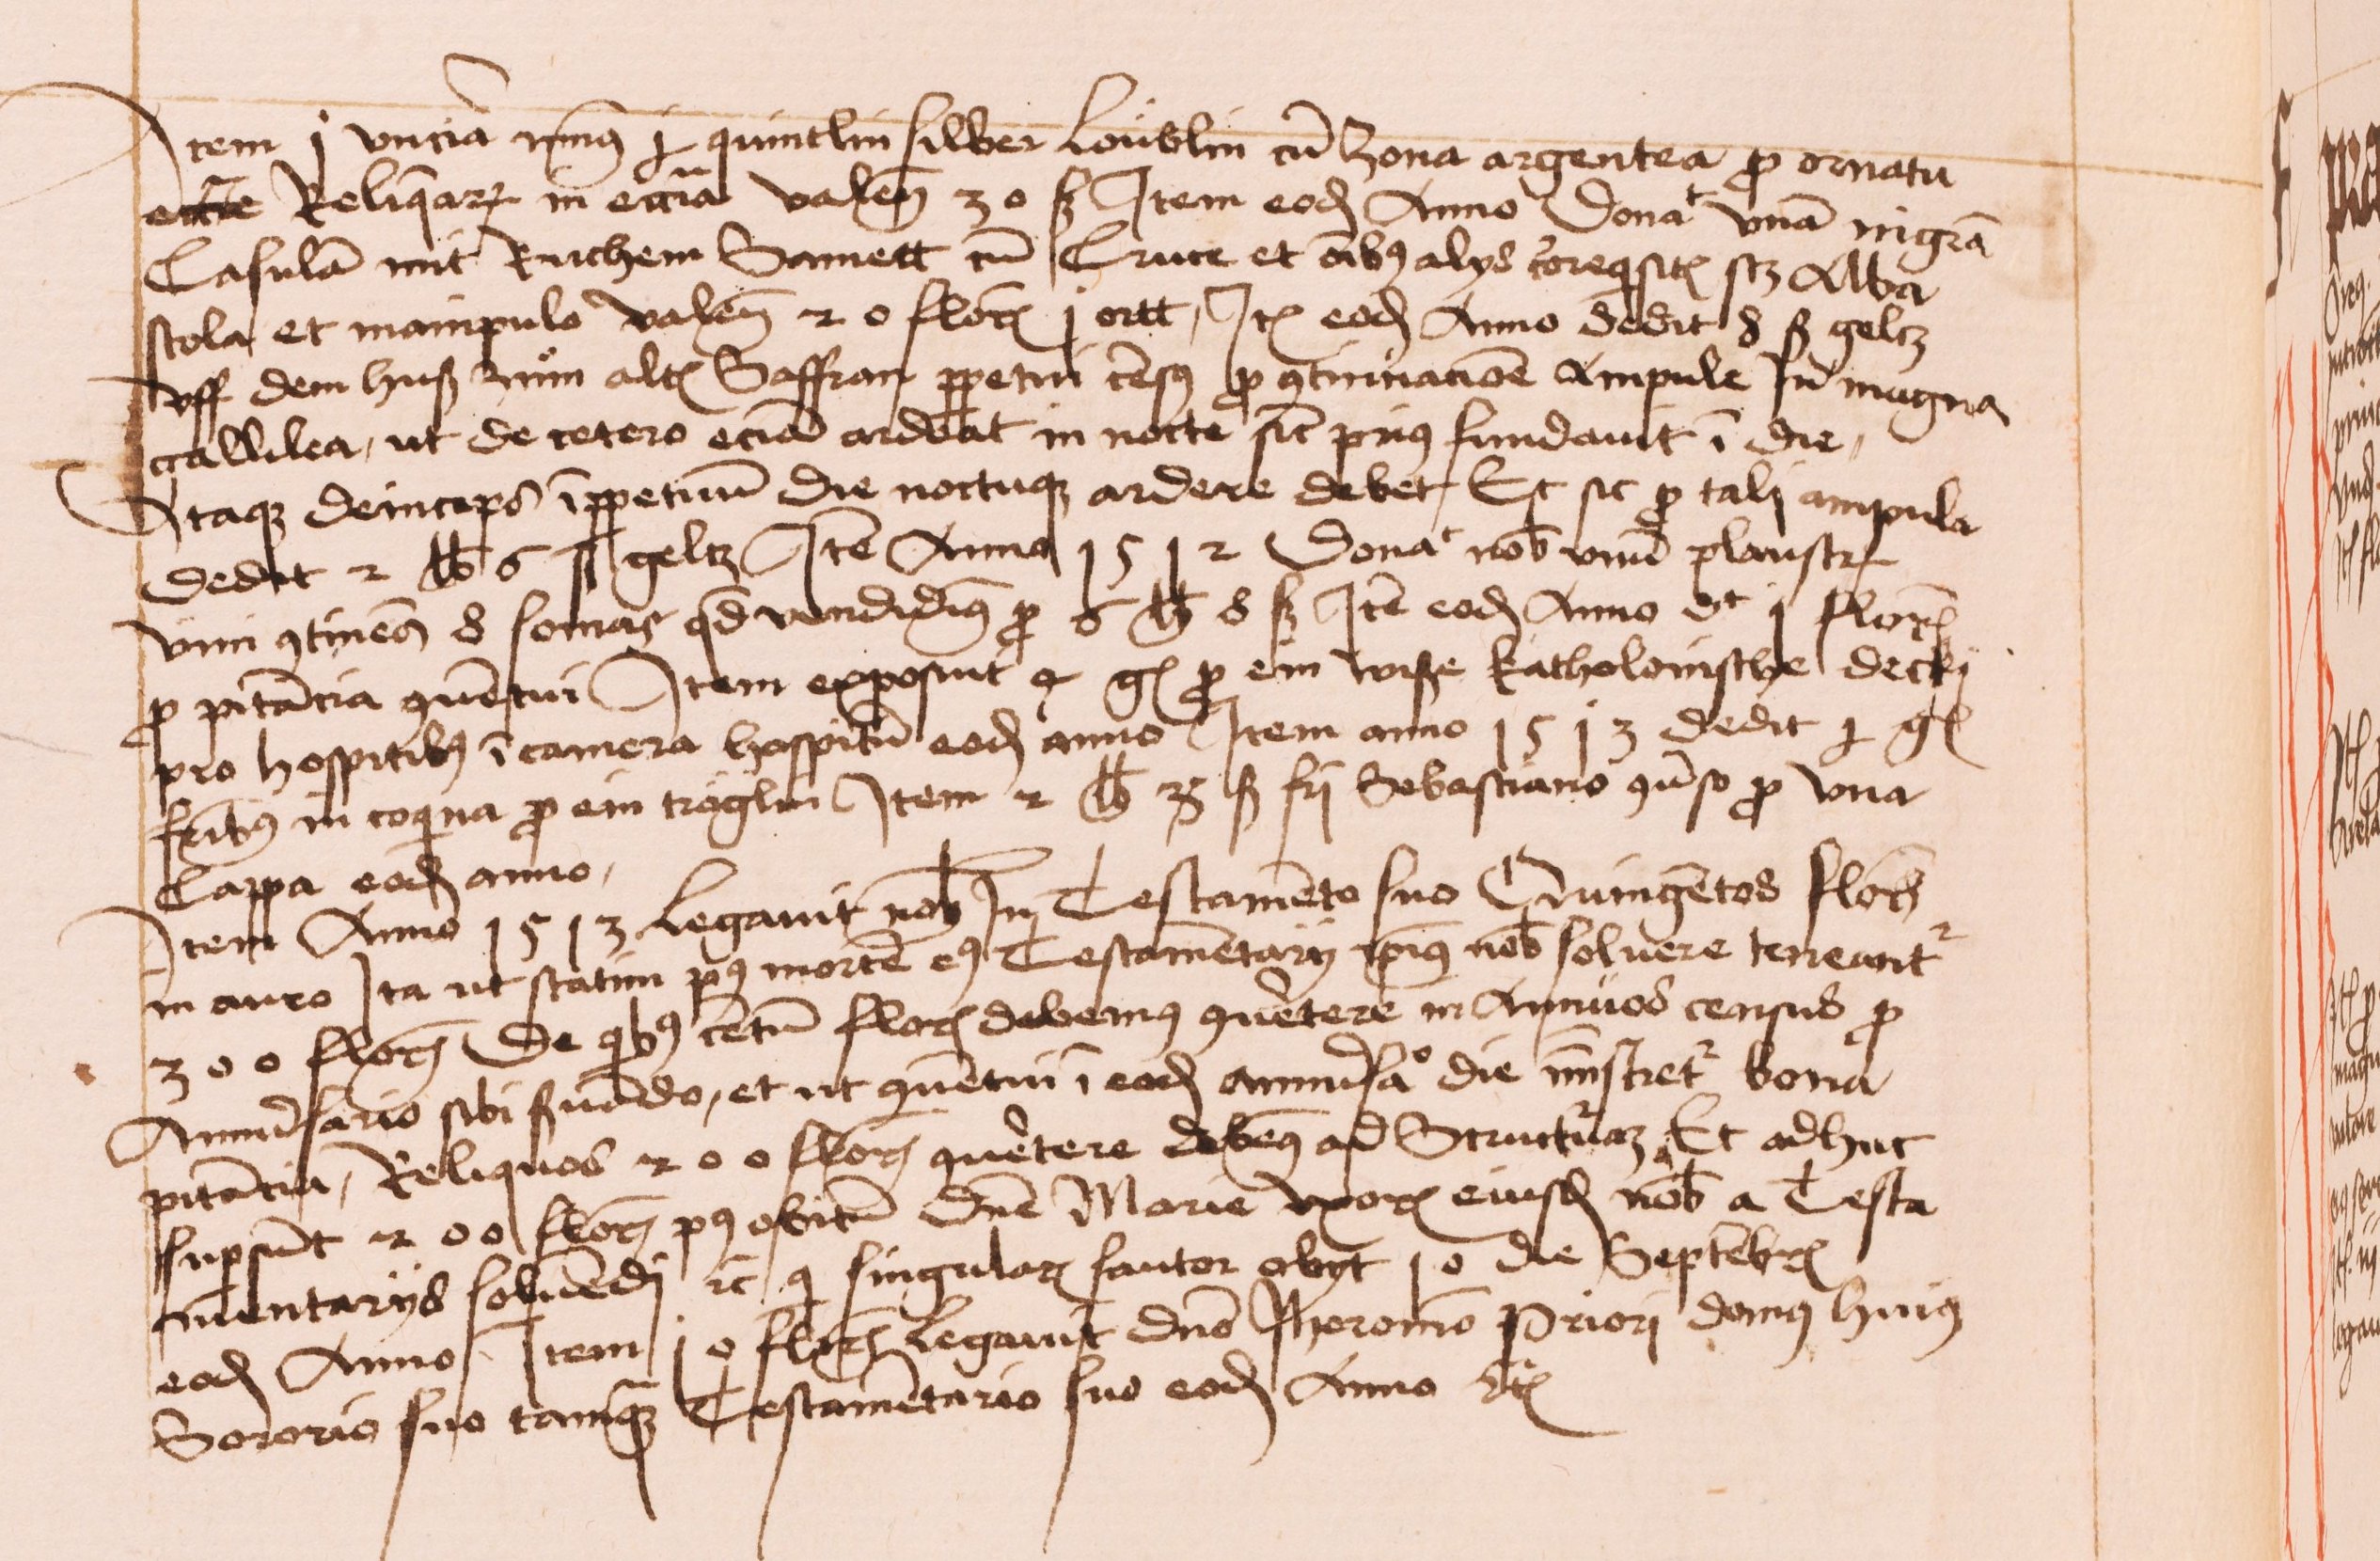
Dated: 1430–1520